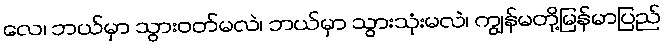
လေ၊ ဘယ်မှာ သွားဝတ်မလဲ၊ ဘယ်မှာ သွားသုံးမလဲ၊ ကျွန်မတို့မြန်မာပြည်